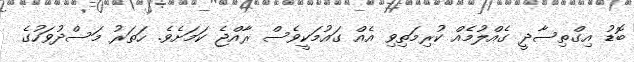
ބޮޑު އިގްތިސާދީ ގެއްލުމެއް ކުރިމަތިވި އެއް ގައުމަކީވެސް ރާއްޖެ ކަމަށެވެ. ހަތަރު މަސްދުވަހުގެ